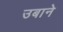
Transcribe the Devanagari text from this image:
उबाने